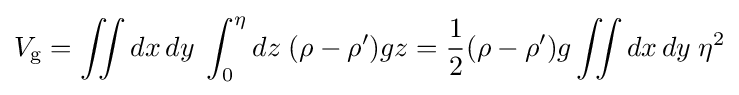
V_{\mathrm {g} }=\iint dx\,dy\;\int _{0}^{\eta }dz\;(\rho -\rho ')gz={\frac {1}{2}}(\rho -\rho ')g\iint dx\,dy\;\eta ^{2}